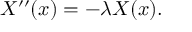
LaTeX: X ^ { \prime \prime } ( x ) = - \lambda X ( x ) .